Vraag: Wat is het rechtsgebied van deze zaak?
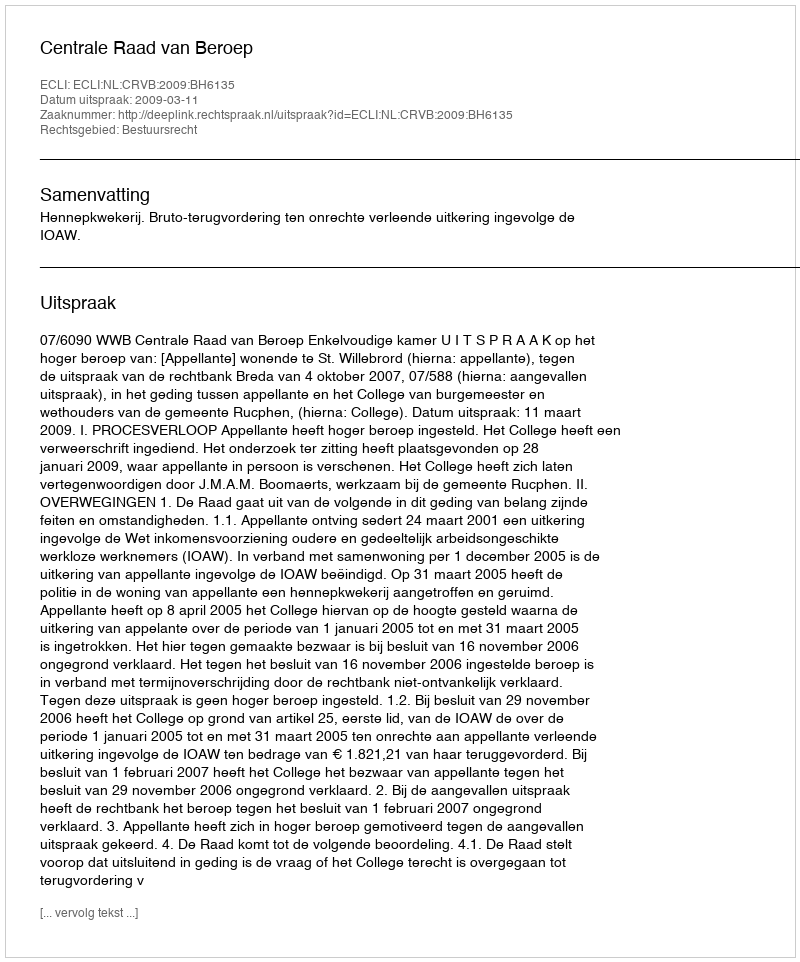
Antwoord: Bestuursrecht